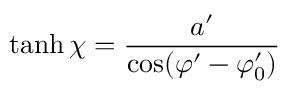
\operatorname { t a n h } \chi = \frac { a ^ { \prime } } { \cos ( \varphi ^ { \prime } - \varphi _ { 0 } ^ { \prime } ) }